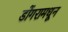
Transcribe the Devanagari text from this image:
डोंगरामधून